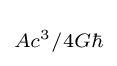
\scriptstyle Ac^{3}/4G\hbar